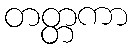
တတ္တကာ